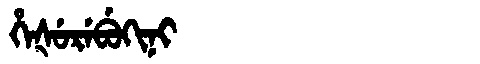
Manchu: ᡥᡝᡧᡠᡵᡝᠪᡠᡴᡳᠨᡳ
Romanization: HEŠUREBUKINI